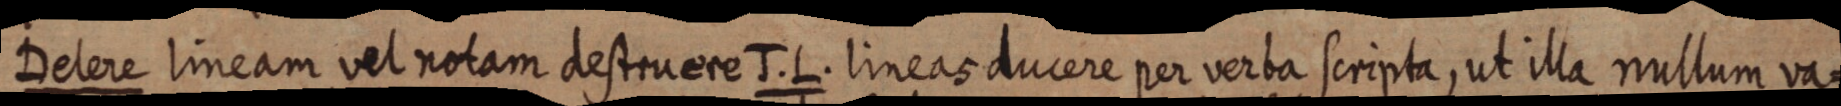
Delere lineam vel notam destruere J. L. Iineas ducere per verba scripta, ut illa nullum va